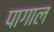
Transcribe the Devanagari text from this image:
पागाल